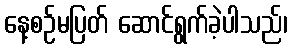
နေ့စဉ်မပြတ် ဆောင်ရွက်ခဲ့ပါသည်၊